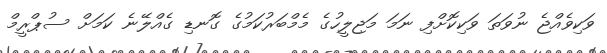
ވަކިވެއްޖެ ނުވަތަ ވަކިކޮށްފި ނަމަ މަޖިލީހުގެ މެމްބަރުކަމުގެ ގޮނޑި ގެއްލޭނެ ކަމަށް ސުޕްރީމް